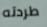
طردته